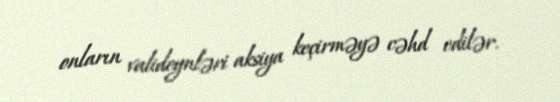
onların valideynləri aksiya keçirməyə cəhd edilər.